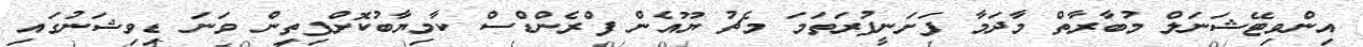
އިންވިޓޭޝަނަލް މުބާރާތް މާދަމާ ފަށަނީފުރަތަމަ މެޗު ޔޫއެން ފްރެންޑްސް ކާމިޔާބުކޮށްފިތިން ވަނަ ޑިވިޝަނުގައި